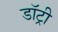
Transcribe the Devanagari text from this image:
डॉट्री